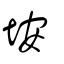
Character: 垵